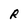
Character: R